Manual of the Civil Veterinary Department, Central Provinces and Berar
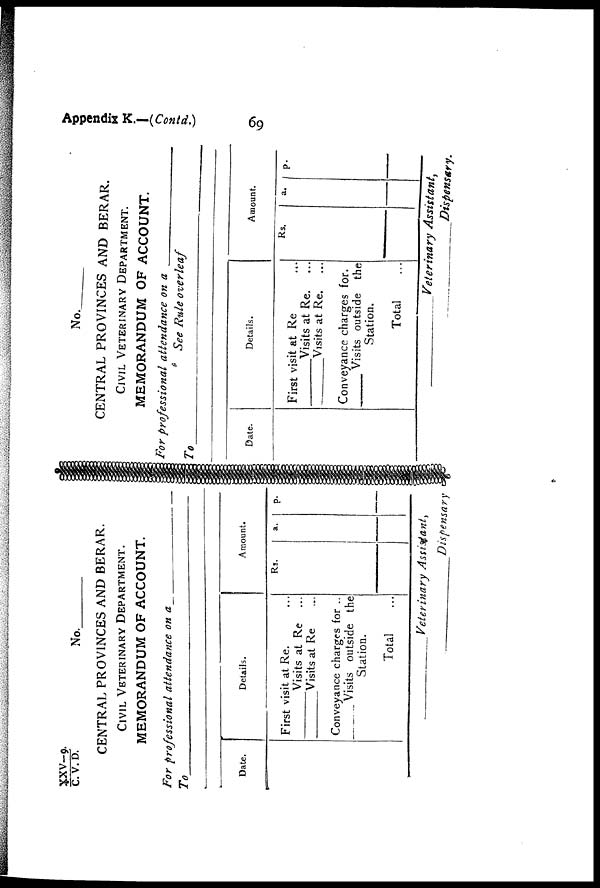
Appendix K.—(Contd.)
69
XXV—9/C.
V. D. No.
CENTRAL PROVINCES AND BERAR.
CIVIL VETRINARY DELARTMENT.
MEMORANDUM OF ACCOUNT.
For professional attendance on a_
To
Date.
Details.
First visit at Re. ...
Visits at Re ...
Visits at Re ...
Conveyance charges for ..
Visits outside the
Station.
Total ...
Amount.
Rs.
a.
p.
Veterinary
Assistant,
Dispensary
No.
CENTRAL PROVINCES AND BERAR.
CIVIL VETRINARY DEPARTMENT.
MEMORANDUM OF ACCOUNT.
For professional attendance on a
See Rule overleaf
To
Date.
Details.
First visit at Re ...
Visits at Re. ...
Visits at Re. ...
Conveyance charges for.
Visits outside the
Station.
Total ...
Amount.
Rs.
a.
p.
—Veterinary Assistant,
Dispensary.